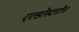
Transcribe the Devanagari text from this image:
एल्डोस्टरोन